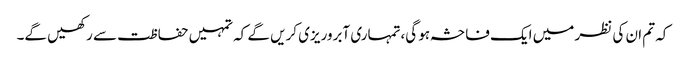
کہ تم ان کی نظر میں ایک فاحشہ ہو گی،تمہاری آبروریزی کریں گے کہ تمہیں حفاظت سے رکھیں گے۔